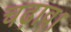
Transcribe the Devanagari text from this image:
चढ़ाव।